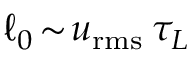
{ \ell _ { 0 } } \! \sim \! u _ { \mathrm { r m s } } \, \tau _ { L }